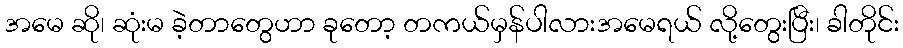
အမေ ဆို၊ ဆုံးမ ခဲ့တာတွေဟာ ခုတော့ တကယ်မှန်ပါလားအမေရယ် လို့တွေးပြီး၊ ခါတိုင်း